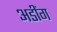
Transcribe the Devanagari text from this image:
अडींग